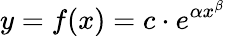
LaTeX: y=f(x)=c\cdot e^{\alpha x^{\beta}}